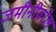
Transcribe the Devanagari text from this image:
जमीनीवरेल